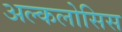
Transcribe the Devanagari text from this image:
अल्कलोसिस